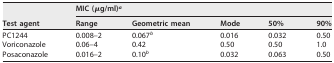
<table><thead><tr><td rowspan="2"><b>Test agent</b></td><td colspan="5"><b>MIC (μg/ml)<sup><i>a</i></sup></b></td></tr><tr><td><b>Range</b></td><td><b>Geometric mean</b></td><td><b>Mode</b></td><td><b>50%</b></td><td><b>90%</b></td></tr></thead><tbody><tr><td>PC1244</td><td>0.008–2</td><td>0.067<sup><i>b</i></sup></td><td>0.016</td><td>0.032</td><td>0.50</td></tr><tr><td>Voriconazole</td><td>0.06–4</td><td>0.42</td><td>0.50</td><td>0.50</td><td>1.0</td></tr><tr><td>Posaconazole</td><td>0.016–2</td><td>0.10<sup><i>b</i></sup></td><td>0.032</td><td>0.063</td><td>0.50</td></tr></tbody></table>